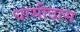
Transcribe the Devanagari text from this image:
धासीदास